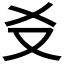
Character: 𪠣